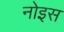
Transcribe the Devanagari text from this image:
नोइस